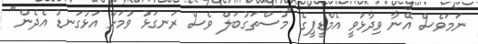
ނަމަވެސް އޭނާ ވިދާޅުވީ އެމްޑީޕީގެ "މުސްތަގުބަލް ވެސް ރަނގަޅު ވުމަށް އަޅުގަނޑު އެދެން"